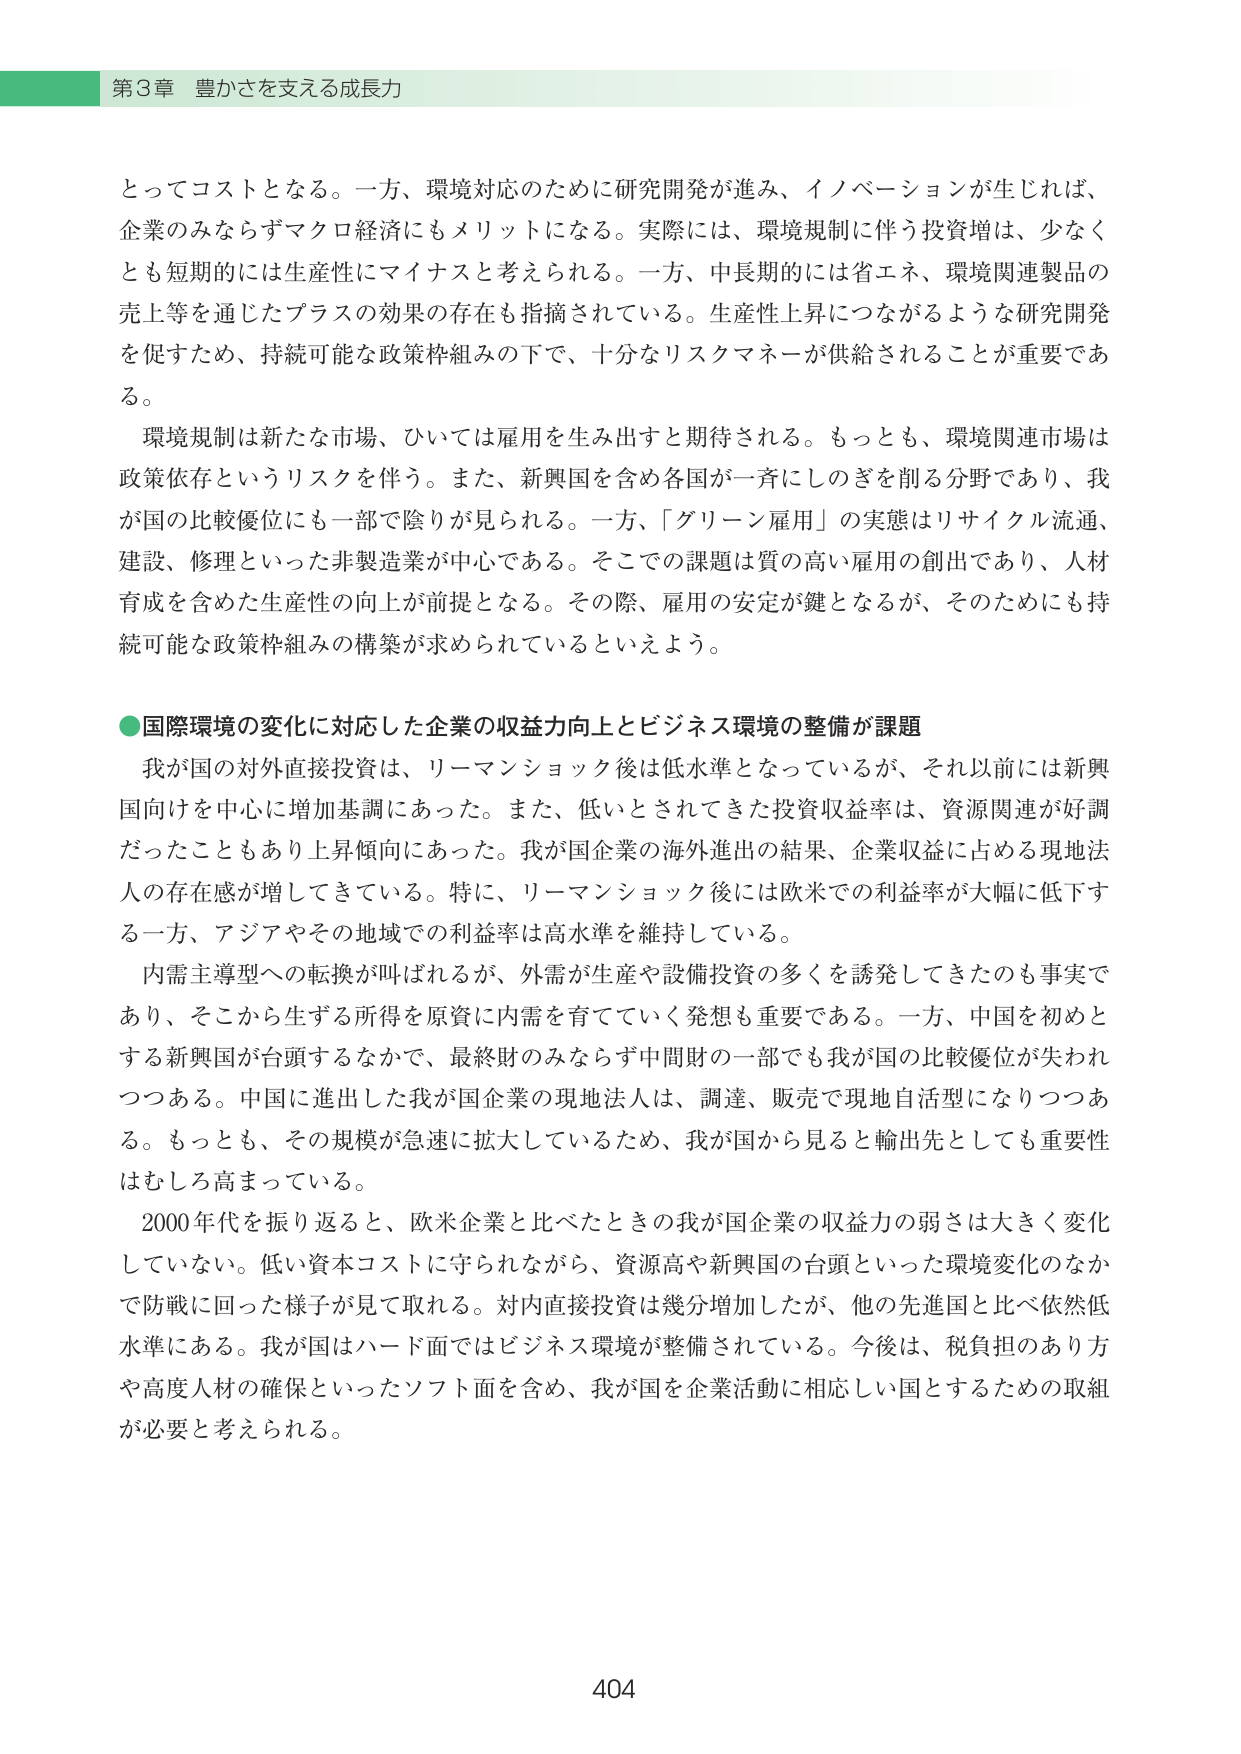
第3章 豊かさを支える成長力

とってコストとなる。一方、環境対応のために研究開発が進み、イノベーションが生じれば、企業のみならずマクロ経済にもメリットになる。実際には、環境規制に伴う投資増は、少なくとも短期的には生産性にマイナスと考えられる。一方、中長期的には省エネ、環境関連製品の売上等を通じたプラスの効果の存在も指摘されている。生産性上昇につながるような研究開発を促すため、持続可能な政策枠組みの下で、十分なリスクマネーが供給されることが重要である。

環境規制は新たな市場、ひいては雇用を生み出すと期待される。もっとも、環境関連市場は政策依存というリスクを伴う。また、新興国を含め各国が一斉にしのぎを削る分野であり、我が国の比較優位にも一部で陰りが見られる。一方、「グリーン雇用」の実態はリサイクル流通、建設、修理といった非製造業が中心である。そこでの課題は質の高い雇用の創出であり、人材育成を含めた生産性の向上が前提となる。その際、雇用の安定が鍵となるが、そのためにも持続可能な政策枠組みの構築が求められているといえよう。

●国際環境の変化に対応した企業の収益力向上とビジネス環境の整備が課題

我が国の対外直接投資は、リーマンショック後は低水準となっているが、それ以前には新興国向けを中心に増加基調にあった。また、低いたとされてきた投資収益率は、資源関連が好調だったこともあり上昇傾向にあった。我が国企業の海外進出の結果、企業収益に占める現地法人の存在感が増してきている。特に、リーマンショック後には欧米での利益率が大幅に低下する一方、アジアやその地域での利益は高水準を維持している。

内需主導型への転換が叫ばれるが、外需が生産や設備投資の多くを誘発してきたのも事実であり、そこから生ずる所得を原資に内需を育てていく発想も重要である。一方、中国を初めとする新興国が台頭するなかで、最終財のみならず中間財の一部でも我が国の比較優位が失われつつある。中国に進出した我が国企業の現地法人は、調達、販売で現地自活型になりつつある。もっとも、その規模が急速に拡大しているため、我が国から見ると輸出先としても重要性はむしろ高まっている。

2000年代を振り返ると、欧米企業と比べたときの我が国企業の収益力の弱さは大きく変化していない。低い資本コストに守られながら、資源高や新興国の台頭といった環境変化のなかで防戦に回った様子が見て取れる。対内直接投資は幾分増加したが、他の先進国と比べ依然低水準にある。我が国はハード面ではビジネス環境が整備されている。今後は、税負担のあり方や高度人材の確保といったソフト面を含め、我が国を企業活動に相応しい国とするための取組が必要と考えられる。

404